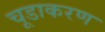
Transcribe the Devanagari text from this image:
चूडाकरण